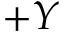
+ Y